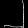
Digit: ၂